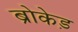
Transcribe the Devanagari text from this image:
ब्रोकेड़